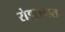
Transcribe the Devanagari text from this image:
रोडलगत